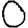
Digit: 0